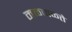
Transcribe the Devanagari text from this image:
मळमळ्ते